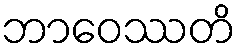
ဘာဝေဿတိ